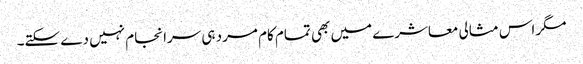
مگر اس مثالی معاشرے میں بھی تمام کام مرد ہی سرانجام نہیں دے سکتے۔